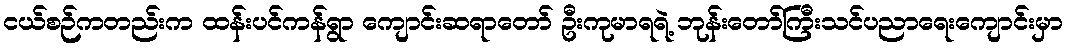
ငယ်စဉ်ကတည်းက ထန်းပင်ကန်ရွာ ကျောင်းဆရာတော် ဦးကုမာရရဲ့ ဘုန်းတော်ကြီးသင်ပညာရေးကျောင်းမှာ